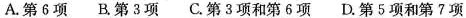
A.第6项 B.第3项 C.第3项和第6项 D.第5项和第7项